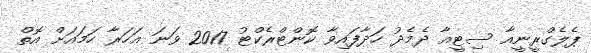
ޕެލެގްރީނީއާ ސިޓީއާ ދެމެދު ހަދާފައިވާ ކޮންޓްރެކްޓު 2017 ވަނަ އަހަރާ ހަމައަށް އޮތް